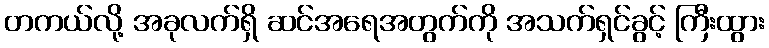
တကယ်လို့ အခုလက်ရှိ ဆင်အရေအတွက်ကို အသက်ရှင်ခွင့် ကြီးထွား